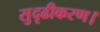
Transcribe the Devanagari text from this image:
सुदृढीकरण।